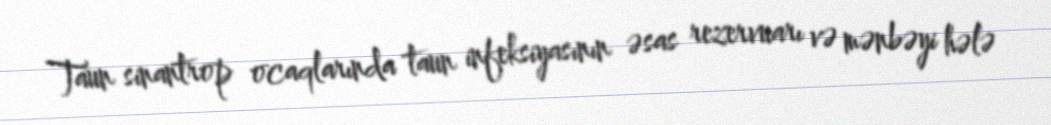
Taun sinantrop ocaqlarında taun infeksiyasının əsas rezervuarı və mənbəyi hələ